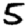
Digit: 5